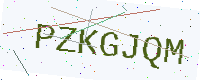
Text: PZKGJQM